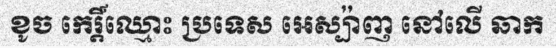
ខូច កេរ្តិ៍ឈ្មោះ ប្រទេស អេស្ប៉ាញ នៅលើ ឆាក